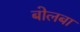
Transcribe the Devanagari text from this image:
बोलबा